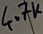
Text: 4.7K